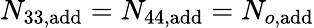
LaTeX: N_{33,{\textrm{add}}}=N_{44,{\textrm{add}}}=N_{o,{\textrm{add}}}